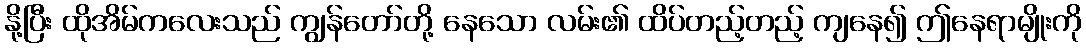
နို့ပြီး ထိုအိမ်ကလေးသည် ကျွန်တော်တို့ နေသော လမ်း၏ ထိပ်တည့်တည့် ကျနေ၍ ဤနေရာမျိုးကို